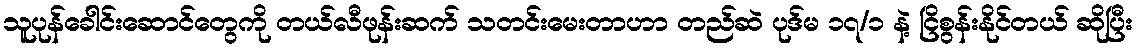
သူပုန်ခေါင်းဆောင်တွေကို တယ်လီဖုန်းဆက် သတင်းမေးတာဟာ တည်ဆဲ ပုဒ်မ ၁၇/၁ နဲ့ ငြိစွန်းနိုင်တယ် ဆိုပြီး